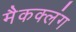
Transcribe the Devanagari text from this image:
मैकक्लंग